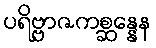
ပရိဗ္ဗာဇကစ္ဆန္နေန